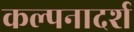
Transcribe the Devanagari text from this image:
कल्पनादर्श